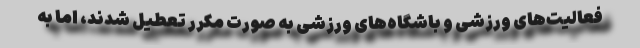
فعالیت‌های ورزشی و باشگاه‌های ورزشی به صورت مکرر تعطیل شدند، اما به